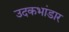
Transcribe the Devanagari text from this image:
उदकभांडार